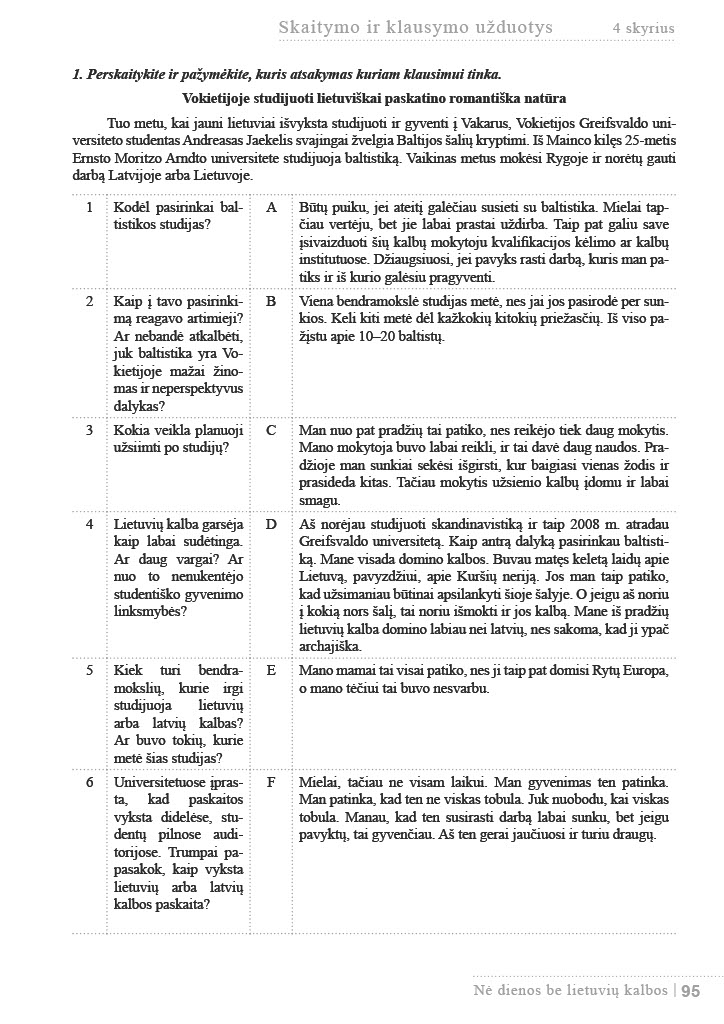
Language: lt